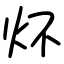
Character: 炋